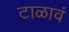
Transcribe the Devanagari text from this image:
टाळावं